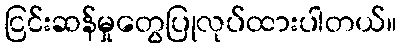
ငြင်းဆန်မှုတွေပြုလုပ်ထားပါတယ်။